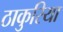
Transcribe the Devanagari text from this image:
ठाकुरिया